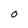
Character: 0